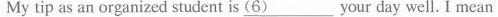
My tip as an organized student is \underline{(6)} your day well.I mean